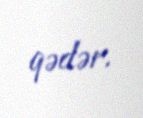
qədər.